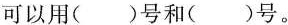
可以用()号和()号。